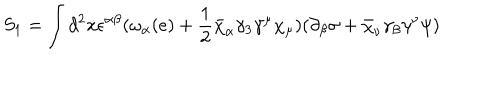
LaTeX: S _ { 1 } = \int d ^ { 2 } x \epsilon ^ { \alpha \beta } ( \omega _ { \alpha } ( e ) + \frac { 1 } { 2 } \bar { \chi } _ { \alpha } \gamma _ { 3 } \gamma ^ { \mu } \chi _ { \mu } ) ( \partial _ { \beta } \sigma + \bar { \chi } _ { \nu } \gamma _ { \beta } \gamma ^ { \nu } \psi )